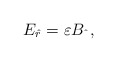
\begin{align*}E_{\hat r}=\varepsilon B_{\hat{~} },\end{align*}